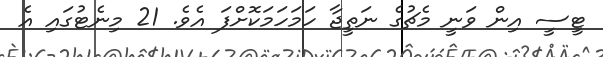
ޓީސީ އިން ވަނީ މެޗުގެ ނަތީޖާ ހަމަހަމަކޮށްފަ އެވެ. 21 މިނެޓުގައި އެ